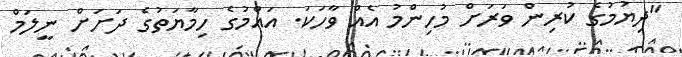
"ދިޔުމުގެ ކުރިން ވަރަށް މުހިންމު އެއް ވާހަކަ. އައްމުގެ ހިމާޔަތުގެ ދަށަށް ނީލަމް